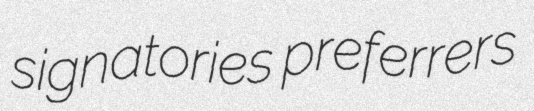
signatories preferrers